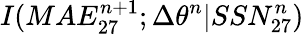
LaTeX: I(MAE_{27}^{n+1};\Delta\theta^{n}|SSN_{27}^{n})